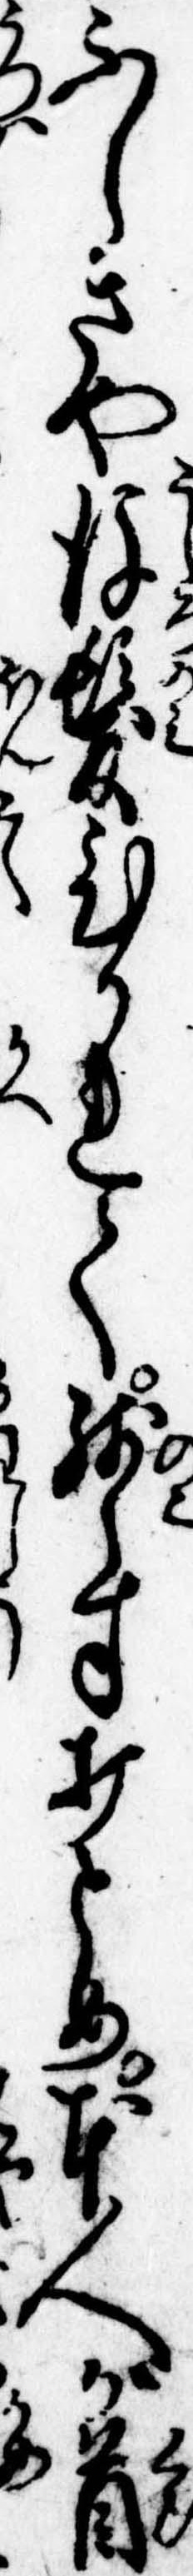
ふしきや後髪ひかれて残らす打とめ本人が首